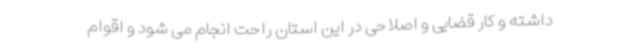
داشته و کار قضایی و اصلاحی در این استان راحت انجام می شود و اقوام